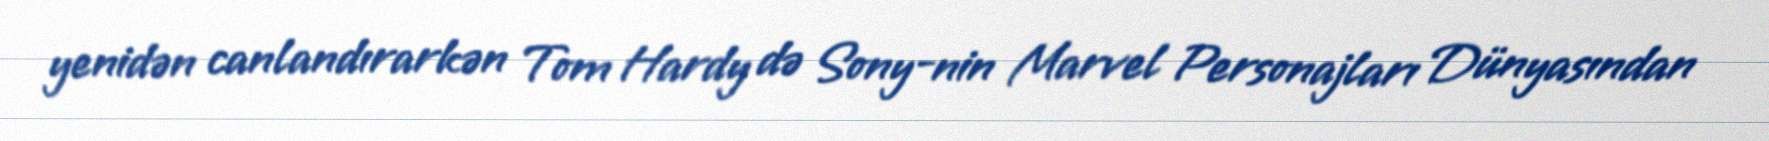
yenidən canlandırarkən Tom Hardy də Sony-nin Marvel Personajları Dünyasından